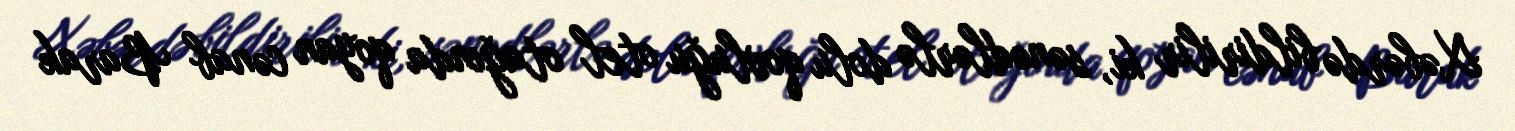
Xəbərdə bildirilir ki, sənədlərlə dolu qovluğu otel otağında qoyan cənab Barak